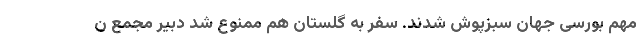
مهم بورسی جهان سبزپوش شدند. سفر به گلستان هم ممنوع شد دبیر مجمع ن